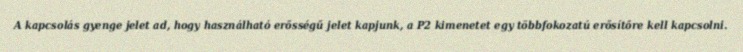
A kapcsolás gyenge jelet ad, hogy használható erősségű jelet kapjunk, a P2 kimenetet egy többfokozatú erősítőre kell kapcsolni.